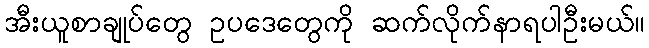
အီးယူစာချုပ်တွေ ဥပဒေတွေကို ဆက်လိုက်နာရပါဦးမယ်။